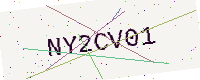
Text: NY2CV01